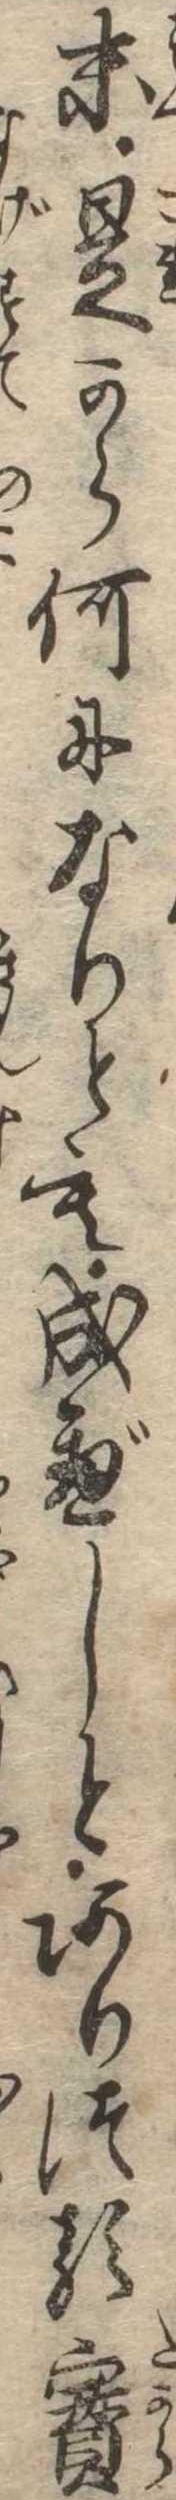
末是から何になりとも成べしとありつる宝